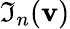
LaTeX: \Im_{n}({\mathbf{v}})